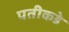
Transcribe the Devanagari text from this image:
पतीकडे